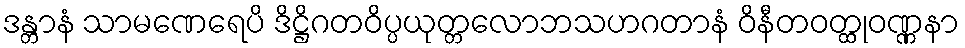
ဒန္တာနံ သာမဏေရေပိ ဒိဋ္ဌိဂတဝိပ္ပယုတ္တလောဘသဟဂတာနံ ဝိနီတဝတ္ထုဝဏ္ဏနာ